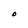
Character: O